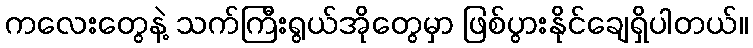
ကလေးတွေနဲ့ သက်ကြီးရွယ်အိုတွေမှာ ဖြစ်ပွားနိုင်ချေရှိပါတယ်။